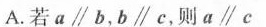
A.若$$a \parallel b$$，$$b \parallel c$$，则$$a \parallel c$$